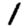
Digit: 1